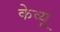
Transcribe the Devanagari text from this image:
केव्यू